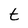
Character: t